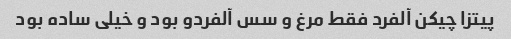
پیتزا چیکن آلفرد فقط مرغ و سس آلفردو بود و خیلی ساده بود